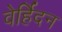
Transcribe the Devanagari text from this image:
वेर्हिदन